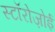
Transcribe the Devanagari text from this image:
स्टॉरोज़ोई